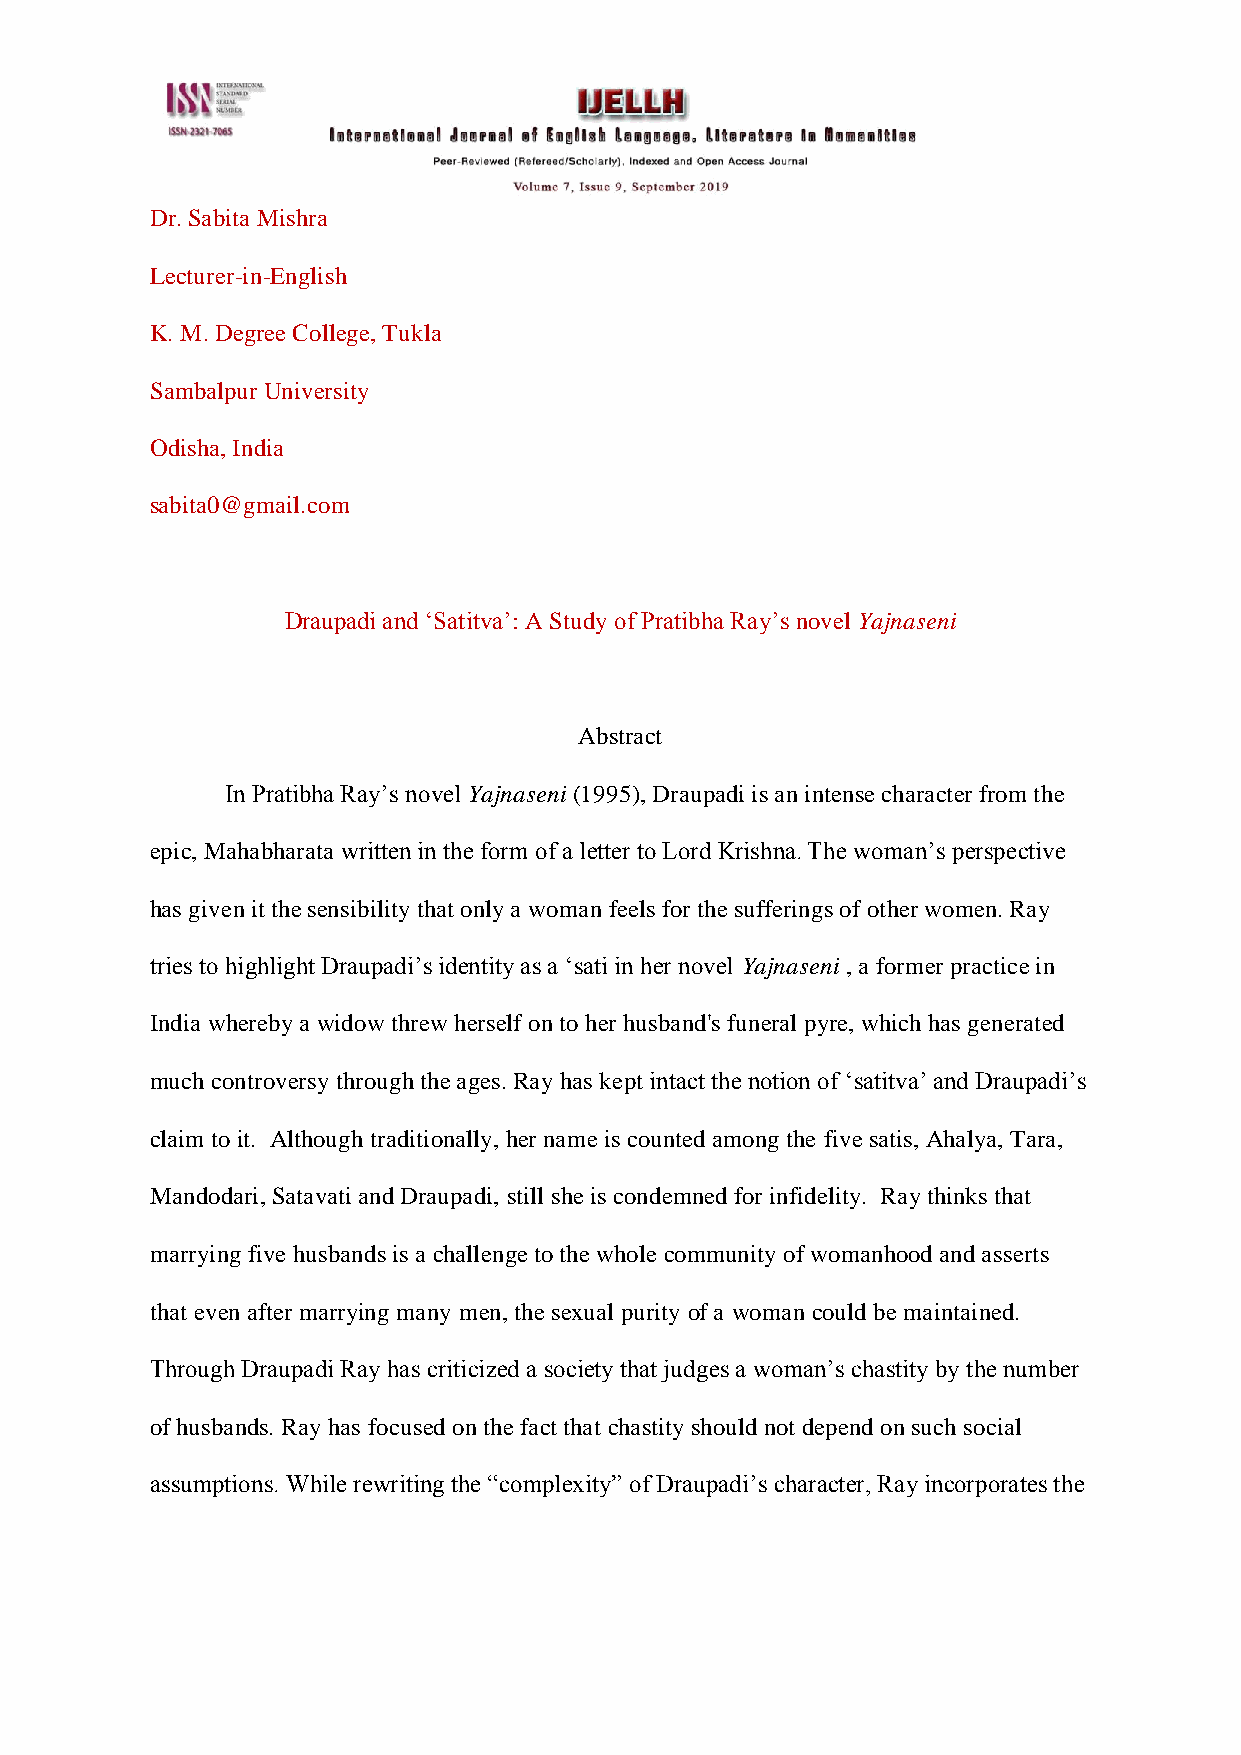
Dr. Sabita Mishra
 Lecturer-in-English
 K. M. Degree College, Tukla
 Sambalpur University
 Odisha, India
 sabita0@gmail.com
 Draupadi and ‘Satitva’: A Study of Pratibha Ray’s novel Yajnaseni
 Abstract
 In Pratibha Ray’s novel Yajnaseni (1995), Draupadi is an intense character from the
 epic, Mahabharata written in the form of a letter to Lord Krishna. The woman’s perspective
 has given it the sensibility that only a woman feels for the sufferings of other women. Ray
 tries to highlight Draupadi’s identity as a ‘sati in her novel Yajnaseni , a former practice in
 India whereby a widow threw herself on to her husband's funeral pyre, which has generated
 much controversy through the ages. Ray has kept intact the notion of ‘satitva’ and Draupadi’s
 claim to it. Although traditionally, her name is counted among the five satis, Ahalya, Tara,
 Mandodari, Satavati and Draupadi, still she is condemned for infidelity. Ray thinks that
 marrying five husbands is a challenge to the whole community of womanhood and asserts
 that even after marrying many men, the sexual purity of a woman could be maintained.
 Through Draupadi Ray has criticized a society that judges a woman’s chastity by the number
 of husbands. Ray has focused on the fact that chastity should not depend on such social
 assumptions. While rewriting the “complexity” of Draupadi’s character, Ray incorporates the